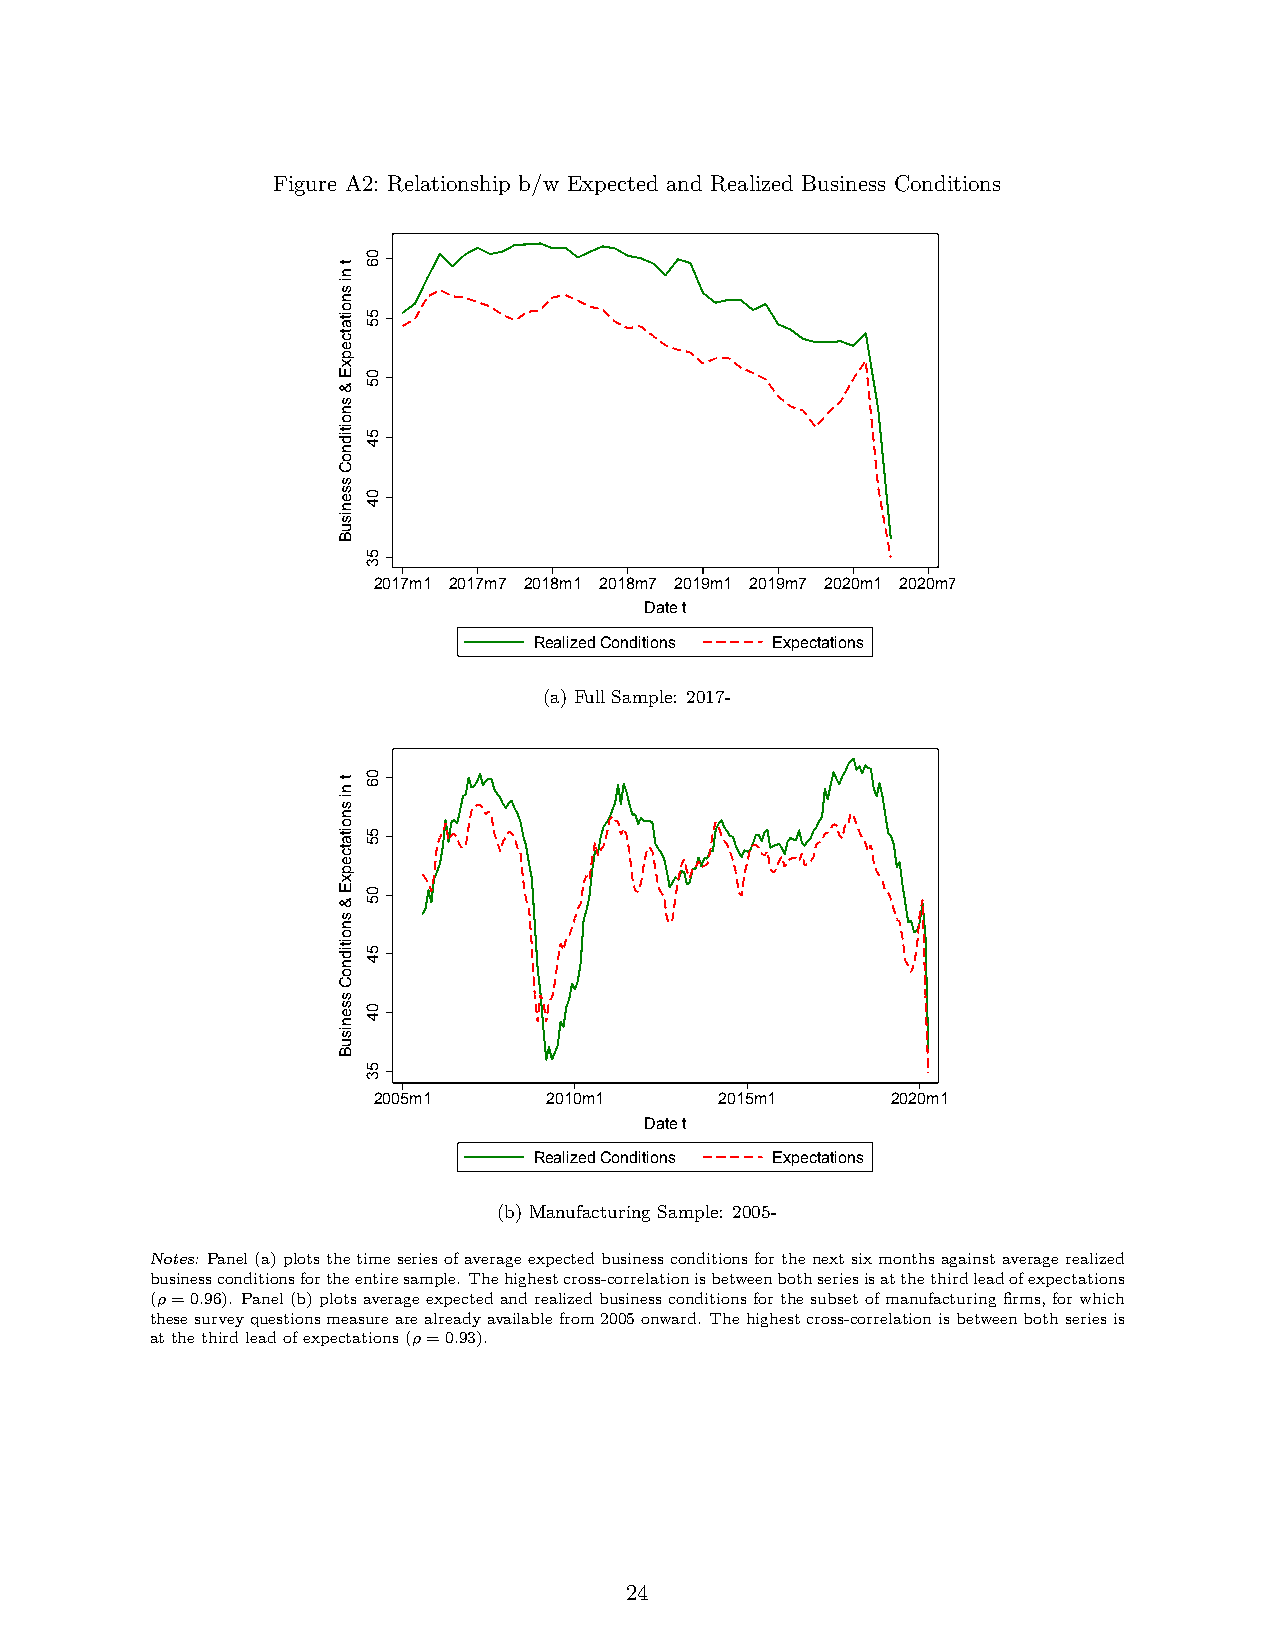
Figure A2: Relationship b/w Expected and Realized Business Conditions
 2017m1 2017m7 2018m1 2018m7 2019m1 2019m7 2020m1 2020m7
 Date t
 Realized Conditions Expectations
 (a) Full Sample: 2017-
 2005m1     2010m1      2015m1     2020m1
 Date t
 Realized Conditions Expectations
 (b) Manufacturing Sample: 2005-
 Notes: Panel(a)plotsthetimeseriesofaverageexpectedbusinessconditionsforthenextsixmonthsagainstaveragerealized
 businessconditionsfortheentiresample. Thehighestcross-correlationisbetweenbothseriesisatthethirdleadofexpectations
 (ρ=0.96). Panel(b)plotsaverageexpectedandrealizedbusinessconditionsforthesubsetofmanufacturingfirms,forwhich
 thesesurveyquestionsmeasurearealreadyavailablefrom2005onward. Thehighestcross-correlationisbetweenbothseriesis
 atthethirdleadofexpectations(ρ=0.93).
 24
 t
 ni
 snoitatcepxE
 &
 snoitidnoC
 ssenisuB
 t
 ni
 snoitatcepxE
 &
 snoitidnoC
 ssenisuB
 06
 55
 05
 54
 04
 53
 06
 55
 05
 54
 04
 53